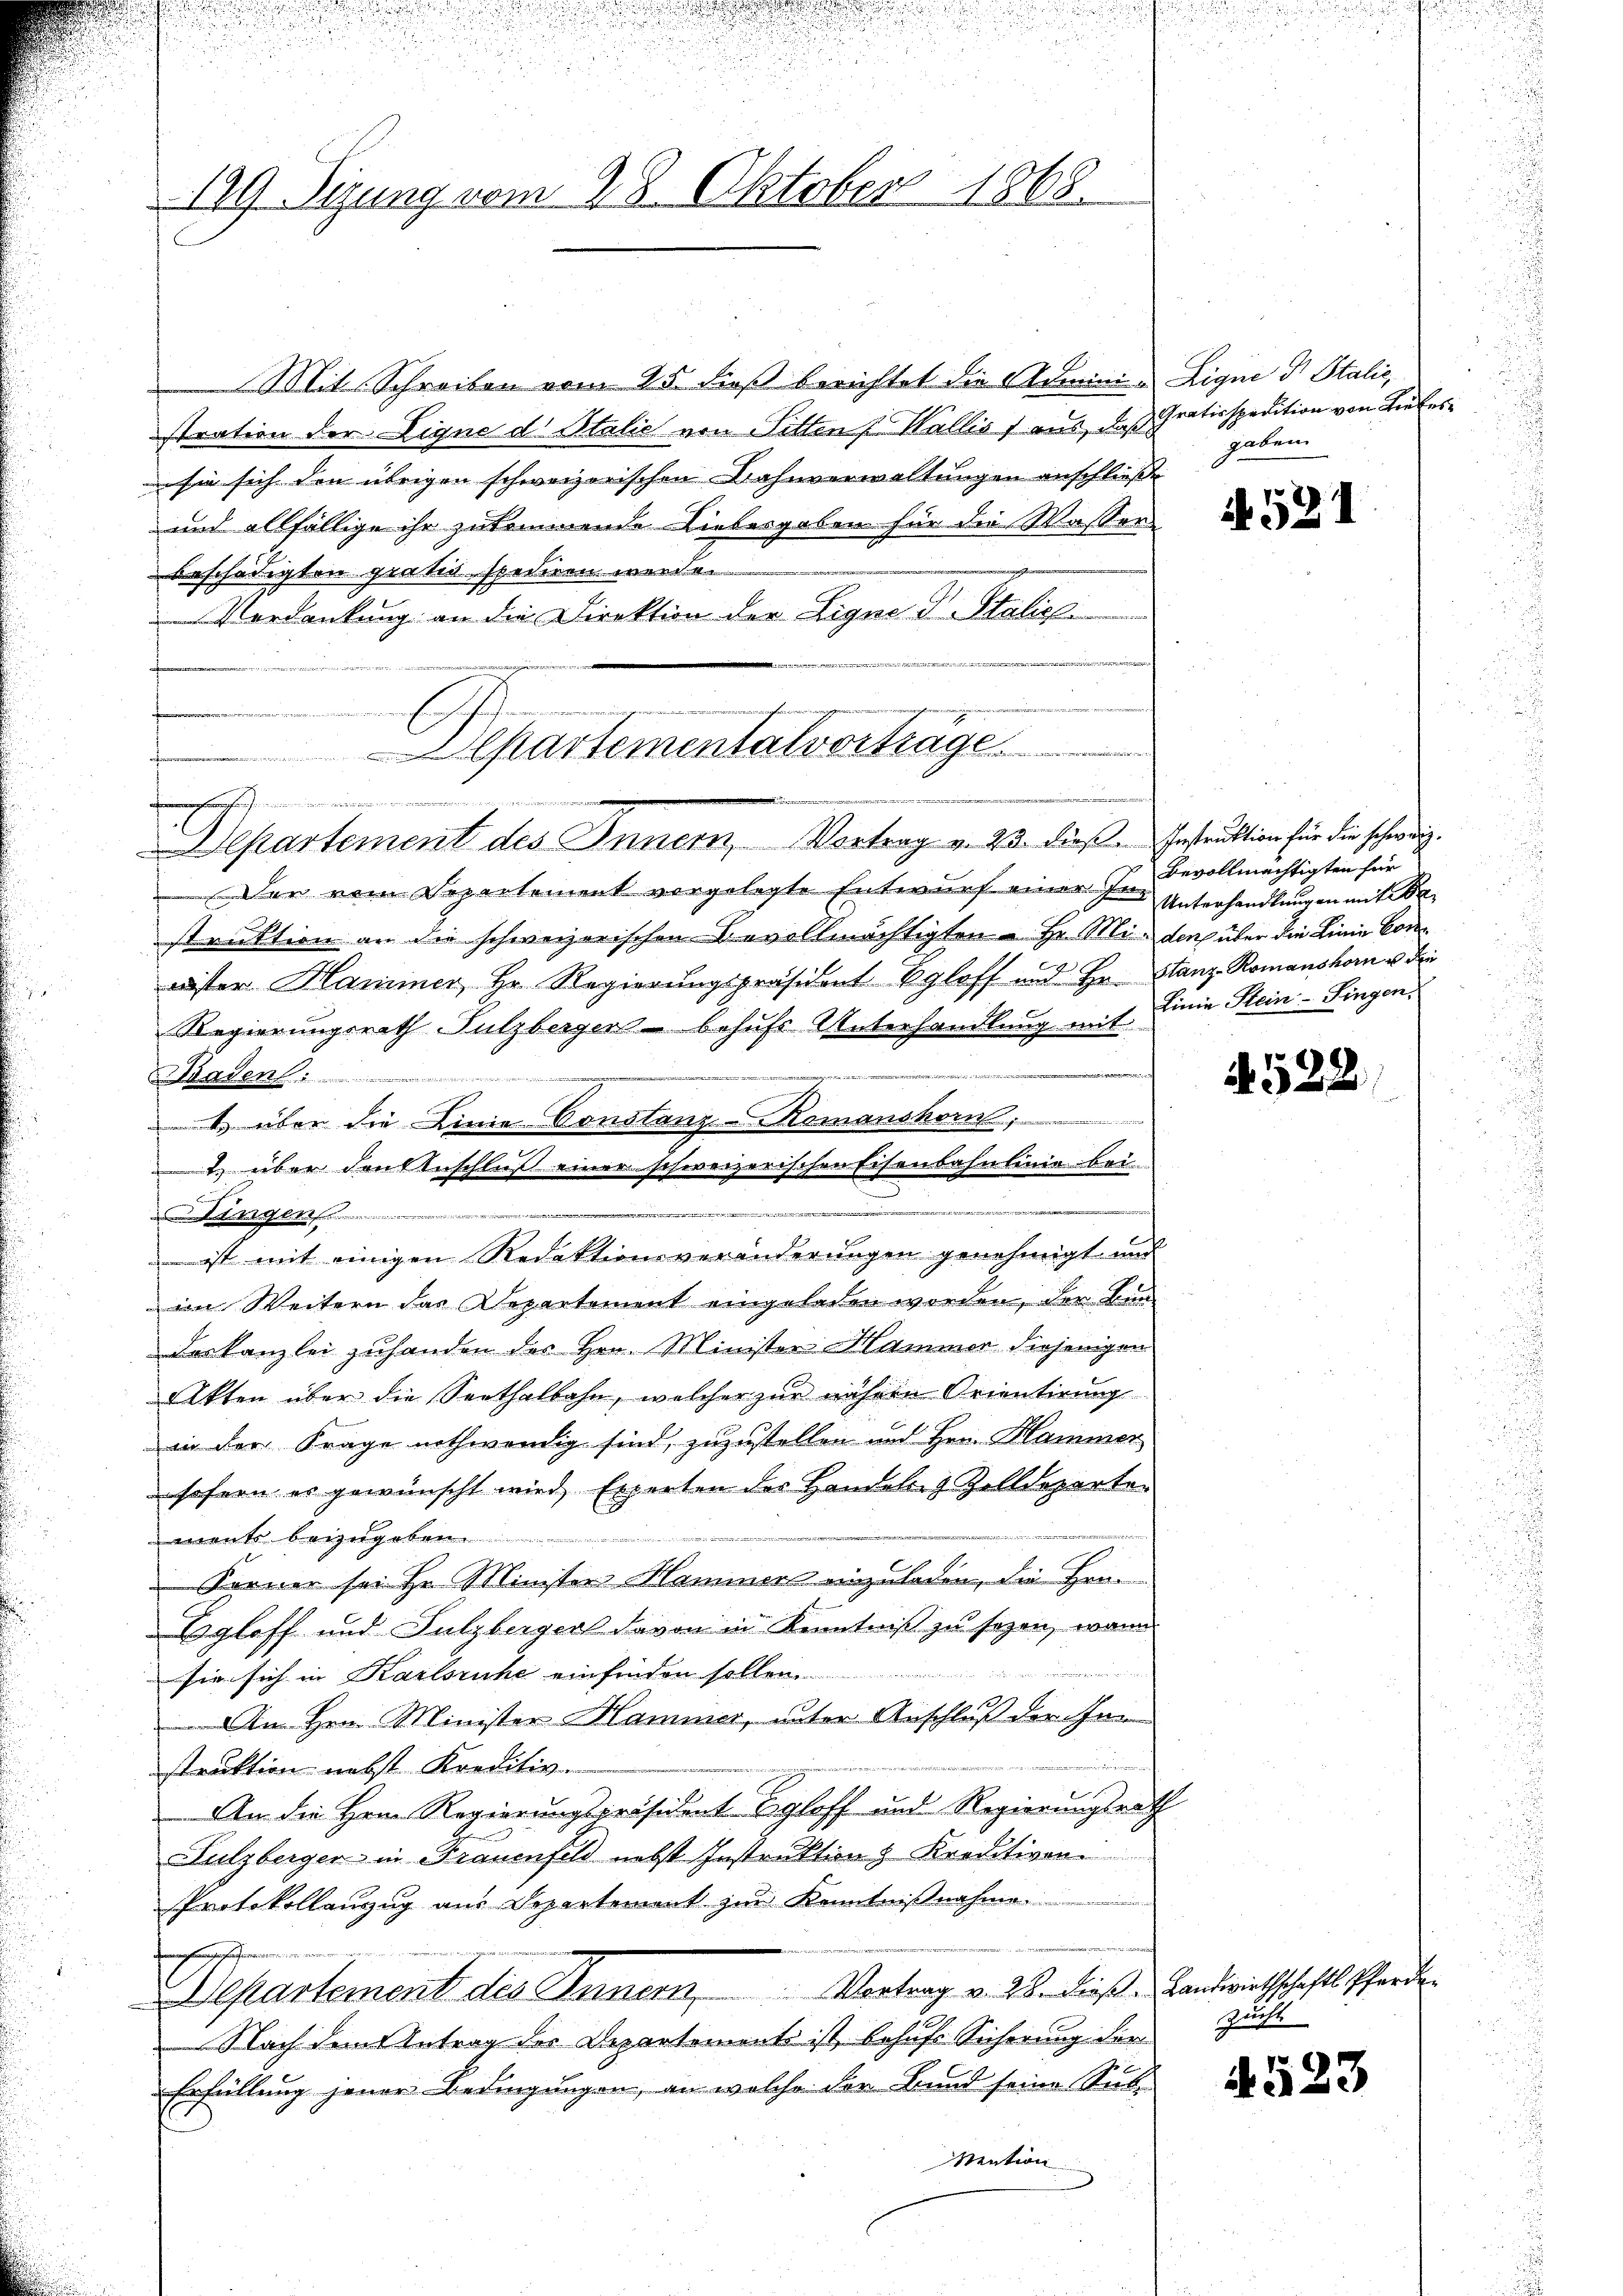
149. Sizung vom 28. Oktober 1868.

Mit Schreiben vom 25 dieß berichtet die Administration der Eigne d. Stalic von Pitten Wallis, aus, daß
sie sich den übrigen schweizerischen Bahnverwaltungen anschließe
und allfällige ihr zukommende Liebesgaben für die Wasser
beschädigten gratio spediren worden
Verdankung an die Direktion der Eigne Fr. Stalich
Der vom Separtement vorgelegte Entwurf einer Im
struktion an die schweizerischen Bevollmächtigten u. Hr. Mit den über die Linie Conwister Hammer, Hr. Regierungspräsident Egloff und Hr. Stanz Romanshom u. die
2
Regierungsrath Sulzberger behufs Unterhandlung mit Linie Stein-Singen,
2122 u. war einer 271
Baaden
 über die Linie Constanz Romanshorn,
1. über den Anschluß einer schweizerischen Eisenbahnlinie bei
n
Dingen
 ist mit einigen Redaktionsveränderungen genehmigt und
im Weitern das Departement eingeladen worden, der Bundes Kanzlei zuhanden des Hrn. Minister Hammer diejenigen
Akten über die Seethalbahn, welcher zur nähren Orientirung
in der Frage nothwendig sind, zuzustellen und Hrn. Hammer
sofern es gewünscht wird, Experten des Handeln & Zolldepartei
ments beizugeben.
Ferner sei in Minister Hammen einzuladen, die Her-
Egloff und Sulzberger davon in Kenntniß zu sezen, wenn
sie sich in Karlsruhe einfinden sollen.
An Hrn. Minister Hammer, unter Anschluß der Inn
struktion nebst Kreditiv.
An die Hrn. Regierungspräsident Egloff und Regierungsrath
Sulzberger in Frauenfeld nebst Instruktion & Kreditiven
Protokollauszug aus Departement zur Kenntnißnahme.
.
Departement des Innern Vortrag v. 28. Dieß. Landwirthschafts-Pferde
Nach dem Antrag der Departements ist behufs Sicherung der
Erfüllung jener Bedingungen, an welche der Bund seine Sub
Mention

i
s
Separtementalvortrage
 fi den werden wurde er nur die eine wege er wird de
lkartement des Innern, Vortrag v. 23. dieß. Instruktion für die schweiz.

Eigne dr Stalie
Gratisspedition von Tiefes
gaben

S

A. 521

Bevollmächtigten für
Unterhandlungen mit Be

4522

Zucht

4523